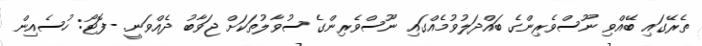
ތެރޭގައި ބޭއްވި ނޫސްވެރިންގެ ބައްދަލުވުމެއްގައި ނޫސްވެރިންގެ ސުވާލުތަކަށް ޖަވާބު ދެއްވަނީ. -ފޮޓޯ: ހުސެއިން